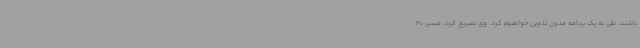
باشند، طی به یک برنامه مدون تدوین خواهیم کرد. وی تصریح کرد: مسیر 20